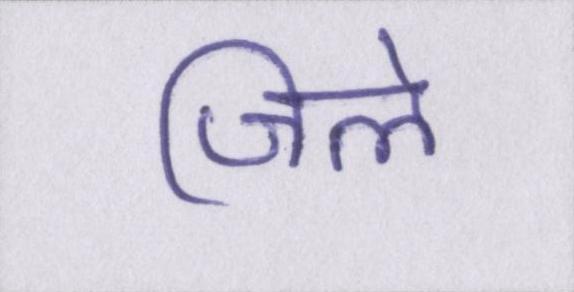
जिले